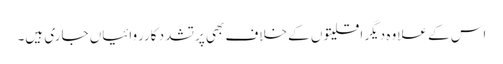
اس کے علاوہ دیگر اقلیتو ں کے خلاف بھی پرتشدد کارروائیاں جاری ہیں۔